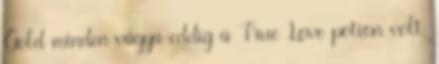
Gold minden vágya eddig a True Love potion volt,